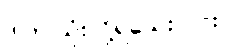
ဒါက သုံးလို့ရသေးလား။